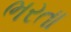
ભરતા